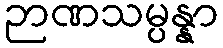
ဉာဏသမ္ပန္နာ